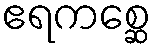
ဧရကစ္ဆေ